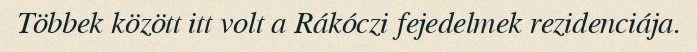
Többek között itt volt a Rákóczi fejedelmek rezidenciája.